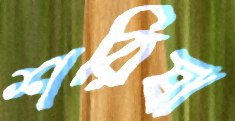
শরিষা